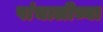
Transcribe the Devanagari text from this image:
पांचालीच्या